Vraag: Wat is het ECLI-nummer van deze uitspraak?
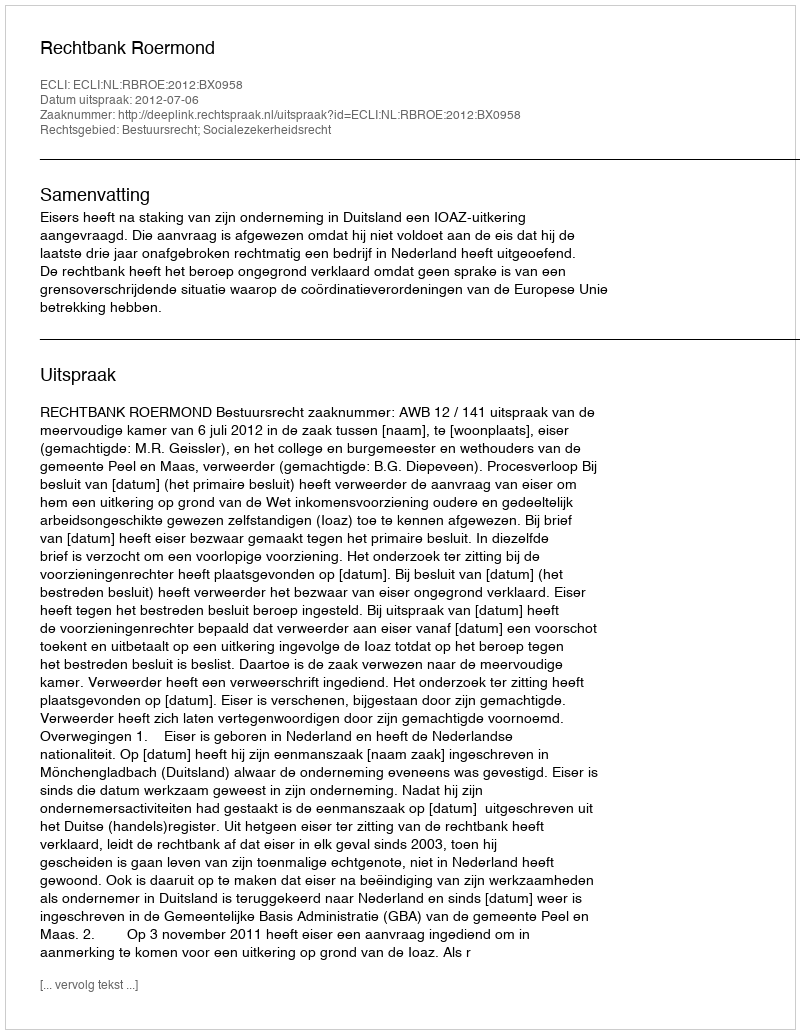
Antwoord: ECLI:NL:RBROE:2012:BX0958